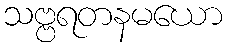
သဗ္ဗရတနမယော